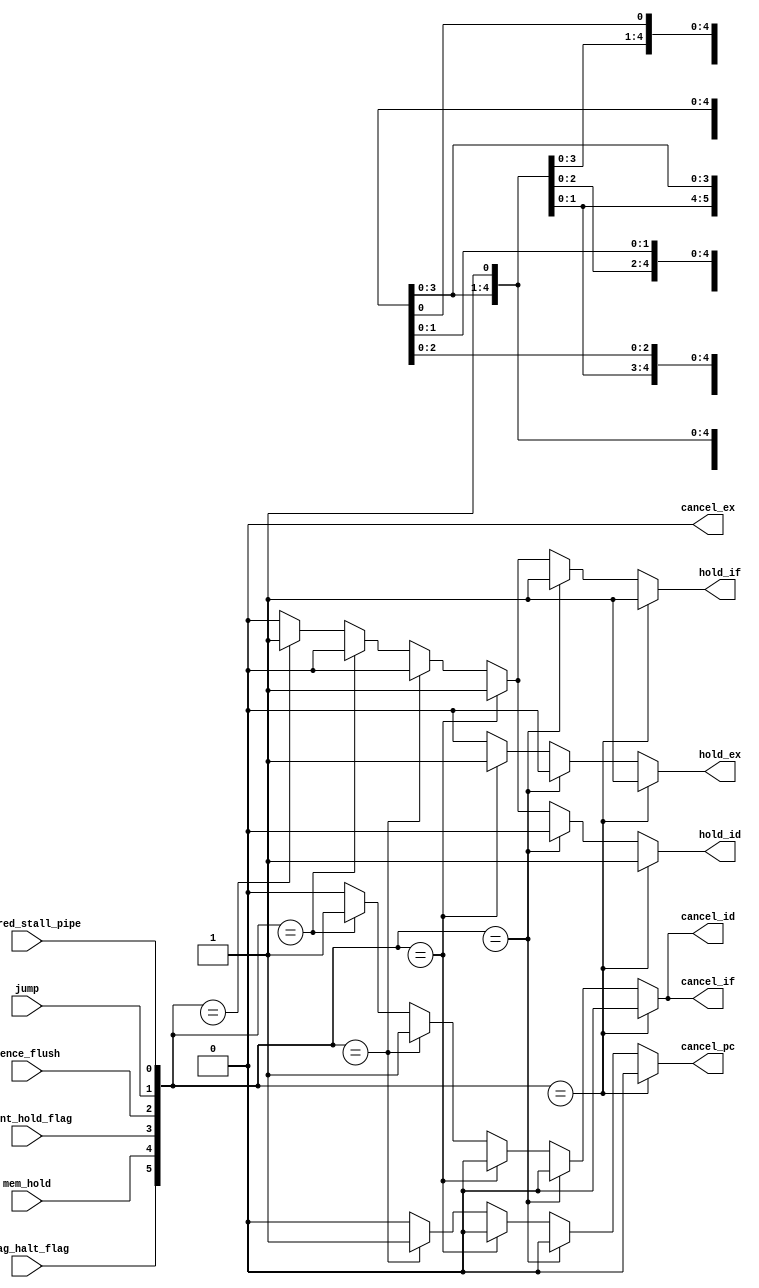
    
//    control_gen control_gen_inst(
//        .fence_flush(fence_flush),
//        .hazared_stall_pipe(stall_pipe),
//        .mem_hold(mem_hold),
//        .clint_hold_flag(clint_hold_flag),
//        .jtag_halt_flag(jtag_halt_flag_i),
//        .jump(pc_jump),
//        .cancel_pc(cancel_pc),
//        .cancel_if(flush_if),
//        .hold_if(hold_if),
//        .cancel_id(flush_id),
//        .hold_id(hold_id),
//        .cancel_ex(flush_ex),
//        .hold_ex(hold_ex)
//    );
module control_gen(
    input fence_flush,
    input hazared_stall_pipe,
    input mem_hold,
    input clint_hold_flag,
    input jtag_halt_flag,
    input jump,
    output reg cancel_pc,
    output reg cancel_if,
    output reg hold_if,
    output reg cancel_id,
    output reg hold_id,
    output reg cancel_ex,
    output reg hold_ex
);

    wire [5:0]pipe_control_signal;
    // external > excution > before excution
    // clint jump >  excution
    // fence = jump, will not occur at the same time
    // ecall no hazard
    // external int, also no hazard
    // flush ,next input ins becomes nop, next output becomes nop
    // cancel cancel instuctions now,next output becomes nop and receive new instruction
    // flush is type of cancel
    assign pipe_control_signal = {jtag_halt_flag, mem_hold, clint_hold_flag, fence_flush, jump, hazared_stall_pipe};
    always@(*)begin
        case(pipe_control_signal)
            //jtag
            6'b1xxxxx:begin
                cancel_pc <= 1'b0;
                cancel_if <= 1'b0; 
                hold_if <= 1'b1; 
                cancel_id <= 1'b0; 
                hold_id <= 1'b1; 
                cancel_ex <= 1'b0; 
                hold_ex <= 1'b1; 
            end
            //mem_hold
            6'bx1xxxx:begin
                cancel_pc <= 1'b0;
                cancel_if <= 1'b0; 
                hold_if <= 1'b1; 
                cancel_id <= 1'b0; 
                hold_id <= 1'b0; 
                cancel_ex <= 1'b0; 
                hold_ex <= 1'b0; 
            end
            //ecall and exteral int
            //clint hold, then jump
            6'bxx1xxx:begin
                cancel_pc <= 1'b0;
                cancel_if <= 1'b0; 
                hold_if <= 1'b1; 
                cancel_id <= 1'b0; 
                hold_id <= 1'b1; 
                //if ecall,start when id,reach when ex, already excuting
                //if external int, now ex pc already excuting, next ex becomes nop
                cancel_ex <= 1'b0; 
                //wait until epc saved
                hold_ex <= 1'b1; 
            end
            //fence_flush
            //hold ,then jump
            6'bxxx1xx:begin 
                //not req
                cancel_pc <= 1'b1;
                //cancel wait
                cancel_if <= 1'b1; 
                hold_if <= 1'b0; 
                cancel_id <= 1'b1; 
                hold_id <= 1'b0; 
                //fence should wait unitl wb complete
                cancel_ex <= 1'b0; 
                //fence will hold unitl wb complete
                hold_ex <= 1'b0; 
            end
            //jump
            6'bxxxx1x:begin
                //req
                cancel_pc <= 1'b0;
                //cancel wait
                cancel_if <= 1'b1; 
                hold_if <= 1'b0; 
                cancel_id <= 1'b1; 
                hold_id <= 1'b0; 
                cancel_ex <= 1'b0; 
                hold_ex <= 1'b0; 
            end
            //hazared_stall_pipe
            6'bxxxxx1:begin
                //req
                cancel_pc <= 1'b0;
                cancel_if <= 1'b0; 
                hold_if <= 1'b1; 
                cancel_id <= 1'b0; 
                hold_id <= 1'b1; 
                cancel_ex <= 1'b0; 
                hold_ex <= 1'b0; 
            end
            default:begin
                //req
                cancel_pc <= 1'b0;
                cancel_if <= 1'b0; 
                hold_if <= 1'b0; 
                cancel_id <= 1'b0; 
                hold_id <= 1'b0; 
                cancel_ex <= 1'b0; 
                hold_ex <= 1'b0; 
            end
        endcase
    end
endmodule